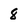
Character: 8